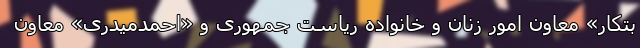
بتکار» معاون امور زنان و خانواده ریاست جمهوری و «احمدمیدری» معاون